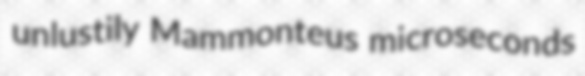
unlustily Mammonteus microseconds